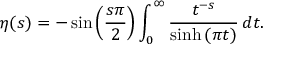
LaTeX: \eta ( s ) = - \sin \left( { \frac { s \pi } { 2 } } \right) \int _ { 0 } ^ { \infty } { \frac { t ^ { - s } } { \sinh { ( \pi t ) } } } \, d t .